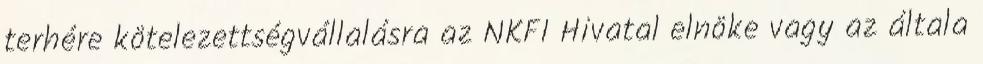
terhére kötelezettségvállalásra az NKFI Hivatal elnöke vagy az általa